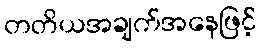
တတိယအချက်အနေဖြင့်